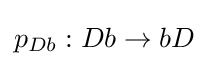
p_{Db}:Db\rightarrow bD